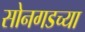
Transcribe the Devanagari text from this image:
सोनगडच्या